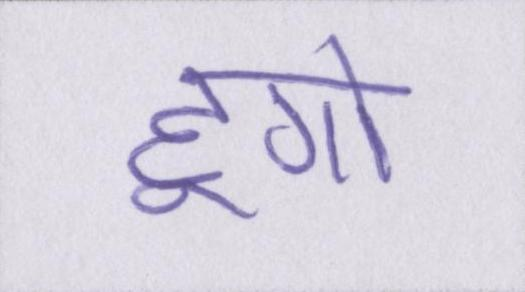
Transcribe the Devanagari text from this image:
हूगो